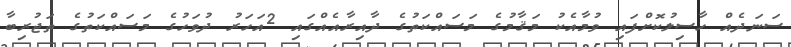
ސަނަދެއް ހާސިލުކޮށްފައި ވުމާއެކު މަޤާމުގެ މަސައްކަތުގެ ދާއިރާއެއްގައި 2އަހަރު ދުވަހުގެ މަސައްކަތުގެ ތަޖުރިބާ